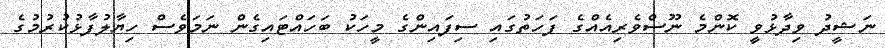
ނަޝީދު ވިދާޅުވީ ކޮންމެ ނޫސްވެރިއެއްގެ ފަހަތުގައި ސިފައިންގެ މީހަކު ބަހައްޓައިގެން ނަމަވެސް ހިޔާލުފާޅުކުރުމުގެ